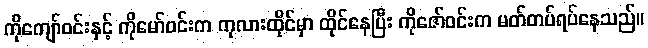
ကိုကျော်ဝင်းနှင့် ကိုမော်ဝင်းက ကုလားထိုင်မှာ ထိုင်နေပြီး ကိုဇော်ဝင်းက မတ်တပ်ရပ်နေသည်။